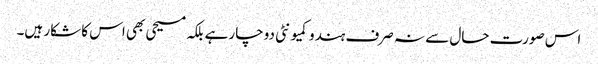
اس صورت حال سے نہ صرف ہندو کمیونٹی دوچار ہے بلکہ مسیحی بھی اس کا شکار ہیں۔